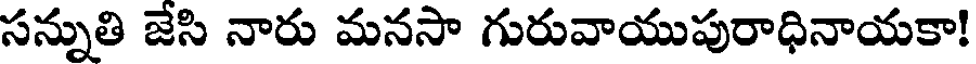
సన్నుతి జేసి నారు మనసా గురువాయుపురాధినాయకా!